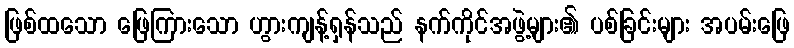
ဖြစ်ထသော ဖြေကြားသော ဟွားကျန့်ရှန်သည် နက်ကိုင်အဖွဲ့များ၏ ပစ်ခြင်းများ အပမ်းဖြေ